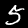
Label: 5